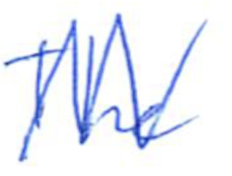
Text: The
Cross-out: zig-zag
Writing tool: ballpoint